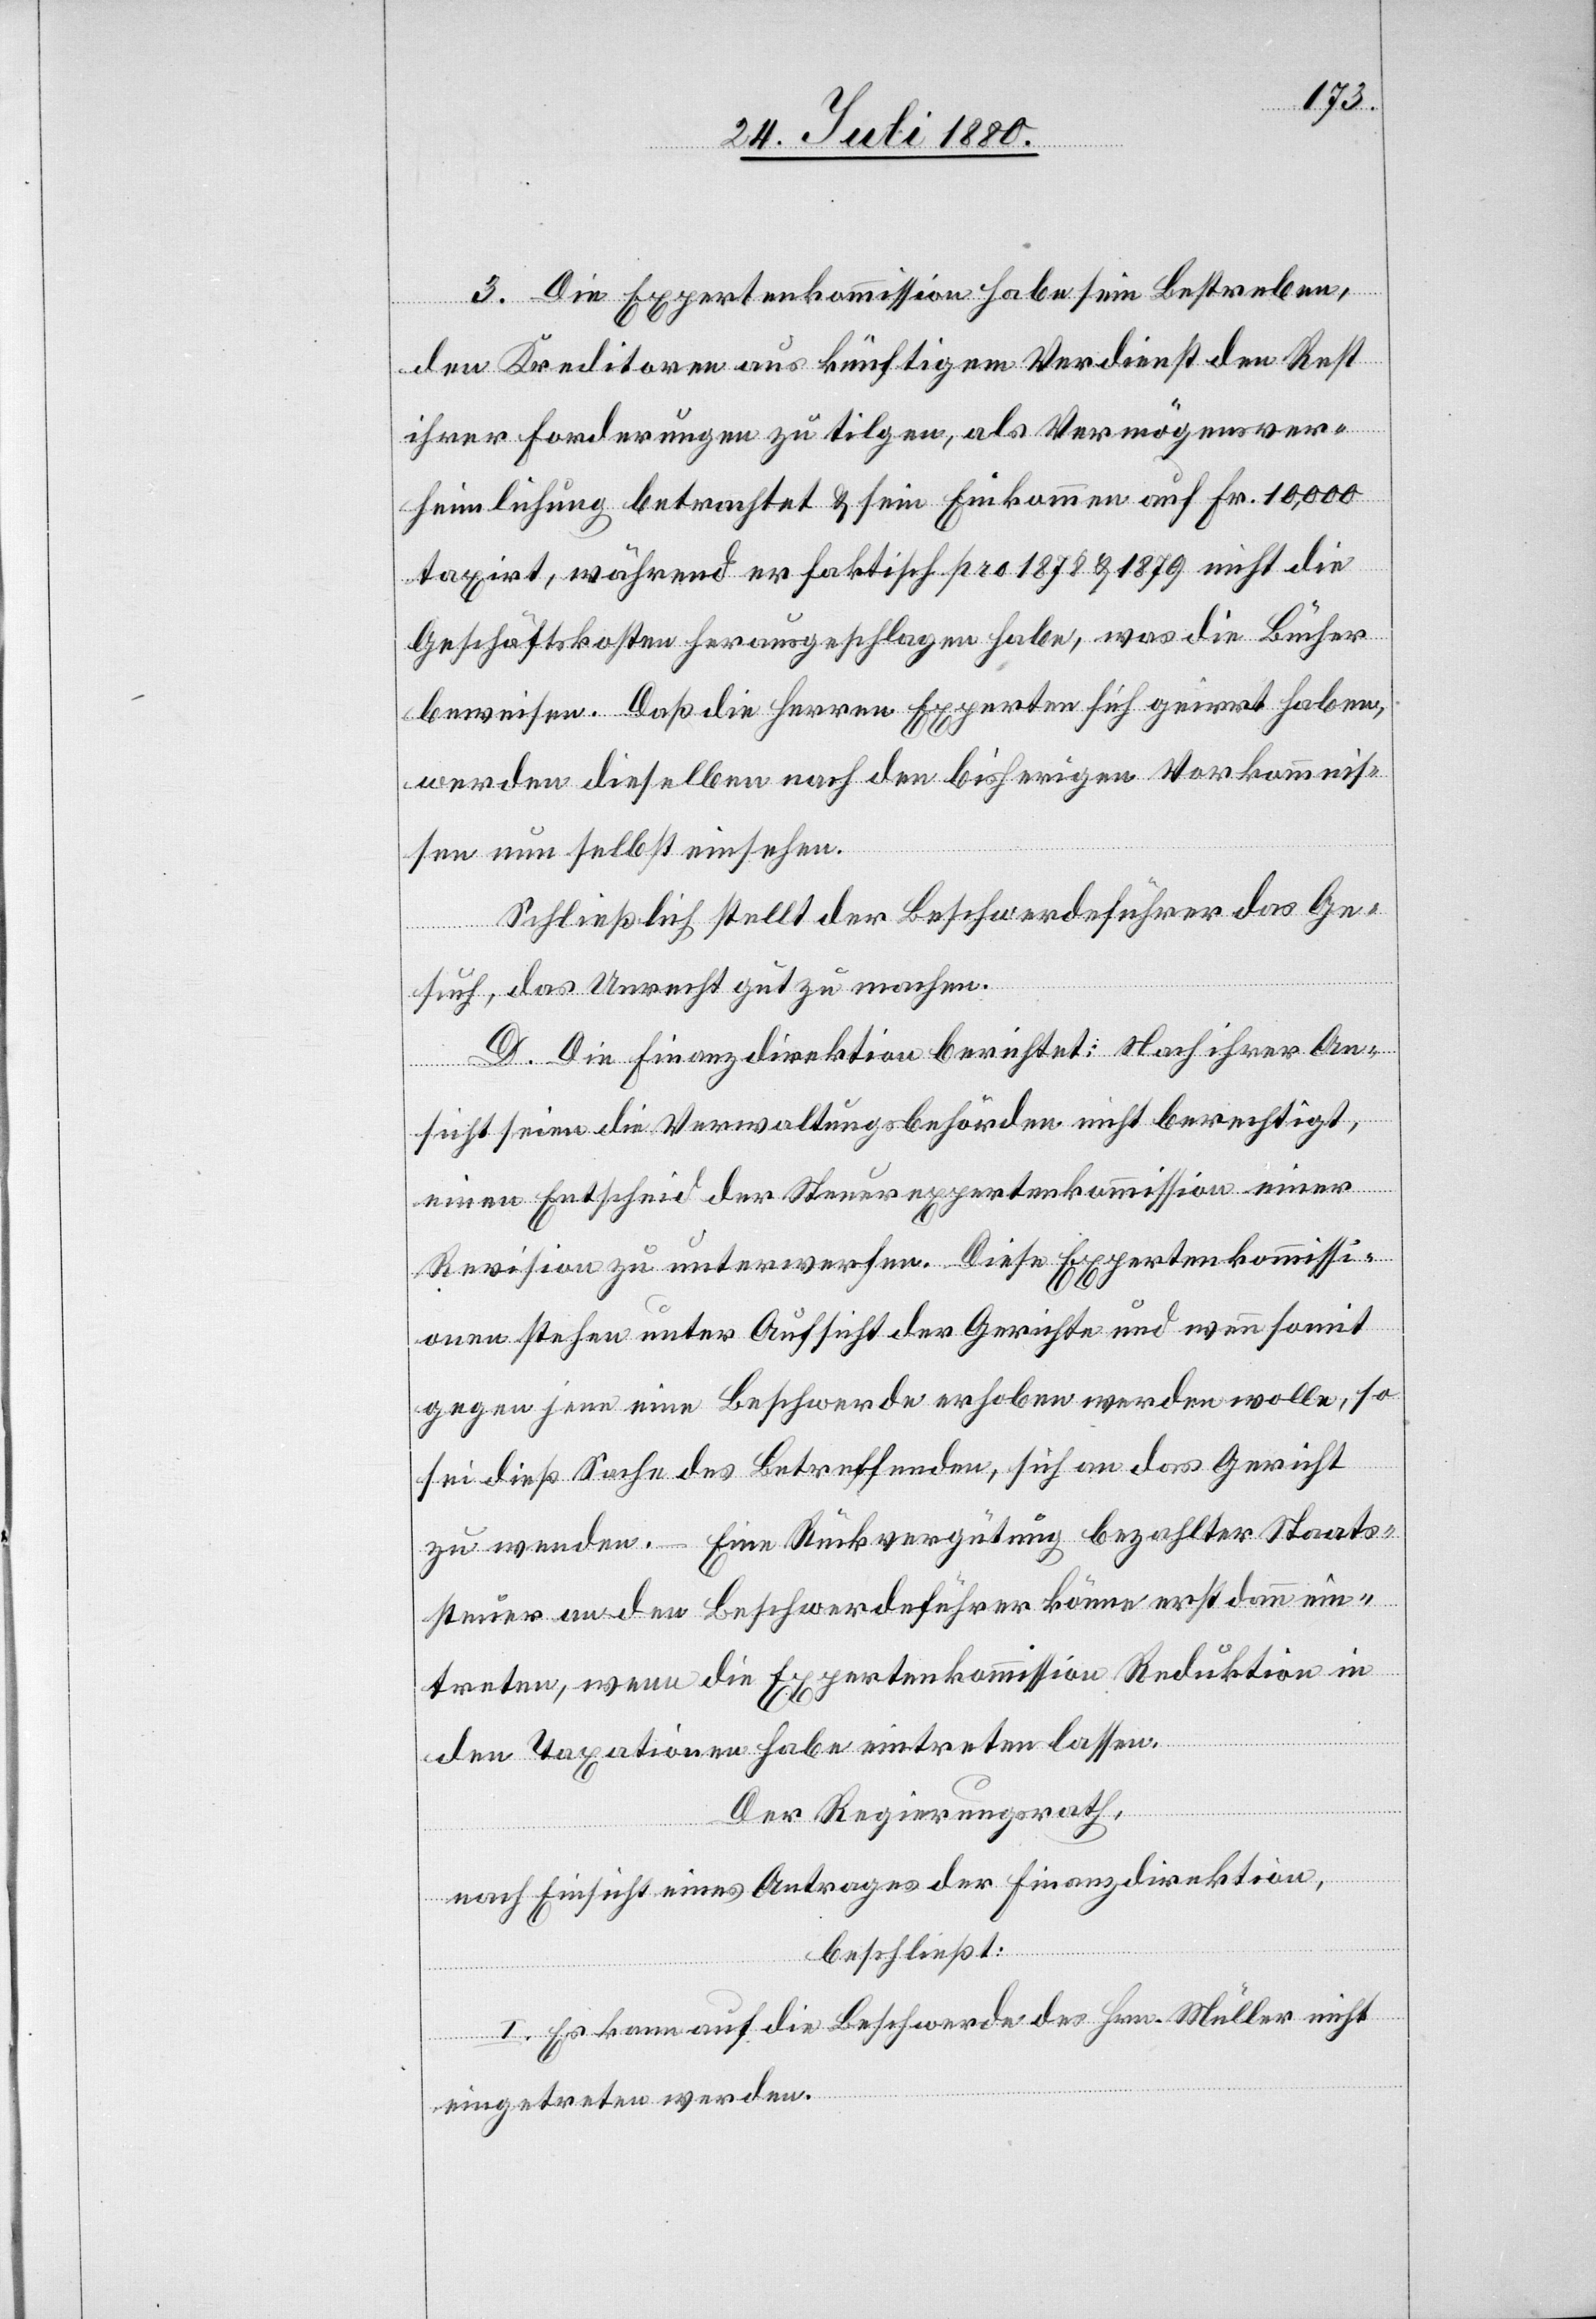
3. Die Expertenkommission habe sein Bestreben,
den Kreditoren aus künftigem Verdienst den Rest
ihrer Forderungen zu tilgen, als Vermögensver¬
heimlichung betrachtet & sein Einkommen auf Fr. 10,000
taxirt, während er faktisch pro 1878 & 1879 nicht die
Geschäftsakten herausgeschlagen habe, was die Bücher
beweisen. Daß die Herren Experten sich geirrt haben,
werden dieselben nach den bisherigen Vorkommnis¬
sen nun selbst einsehen.
Schließlich stellt der Beschwerdeführer das Ge¬
such, das Unrecht gut zu machen.
D. Die Finanzdirektion berichtet: Nach ihrer An¬
sicht seine die Verwaltungsbehörden nicht berechtigt,
einen Entscheid der Steuerexpertenkommission einer
Revision zu unterwerfen. Diese Expertenkommissi¬
onen stehen unter Aufsicht der Gerichte und wenn somit
gegen jene eine Beschwerde erhoben werden wolle, so
sei dieß Sache des Betreffenden, sich an das Gericht
zu wenden. Eine Rückvergütung bezahlter Staats¬
teuer an den Beschwerdeführer könne erst dann ein¬
treten, wenn die Expertenkommission Reduktion in
den Taxationen habe eintreten lassen.
Der Regierungsrath,
nach Einsicht eines Antrages der Finanzdirektion,
beschließt:
I. Es kann auf die Beschwerde des Hrn. Müller nicht
eingetreten werden.